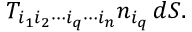
T _ { i _ { 1 } i _ { 2 } \cdots i _ { q } \cdots i _ { n } } n _ { i _ { q } } \, d S .